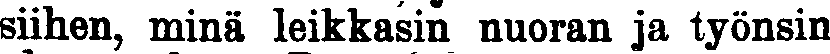
siihen, minä leikkasin nuoran ja työnsin